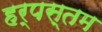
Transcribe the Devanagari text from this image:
हर्पस्तम